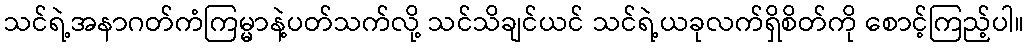
သင်ရဲ့အနာဂတ်ကံကြမ္မာနဲ့ပတ်သက်လို့ သင်သိချင်ယင် သင်ရဲ့ယခုလက်ရှိစိတ်ကို စောင့်ကြည့်ပါ။